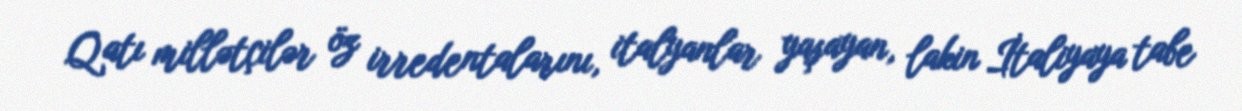
Qatı millətçilər öz irredentalarını, italyanlar yaşayan, lakin İtaliyaya tabe